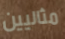
مثاليين